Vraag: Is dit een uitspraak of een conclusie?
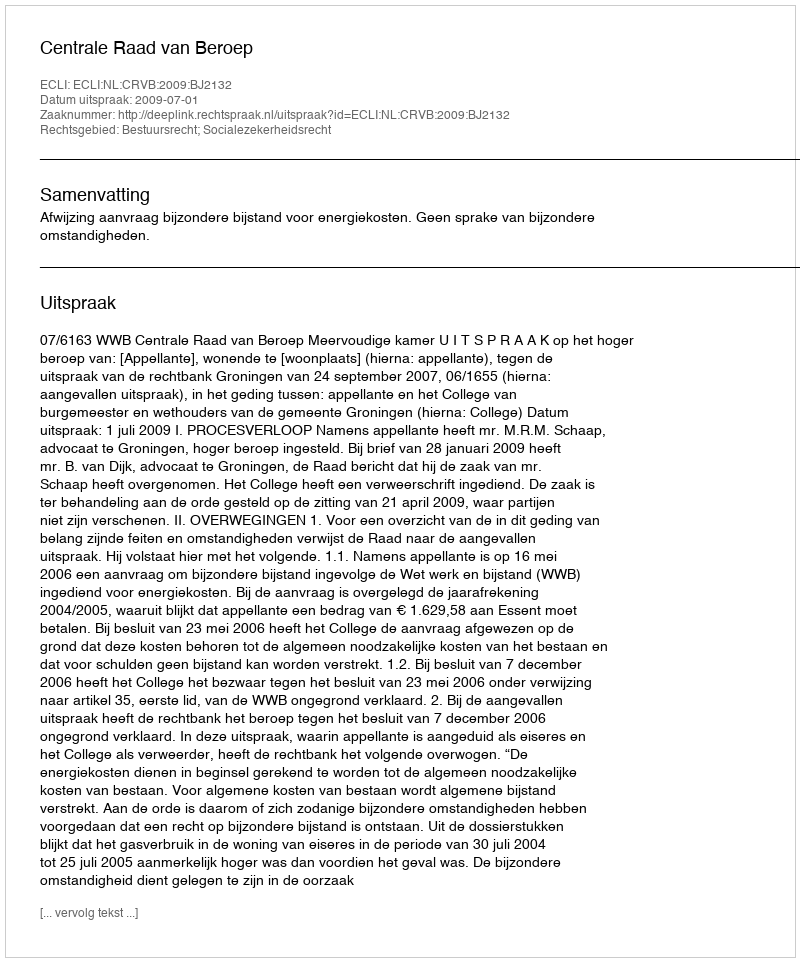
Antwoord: Uitspraak